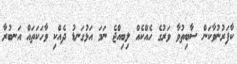
ކާފަރުނުވާކަން ސާބިތުވާ ވަރުގެ ހެއްކެއް ލިބިއްޖެ ނަމަ އަޅުގަނޑު ދެއްކި ވާހަކަތައް އަނބުރާ